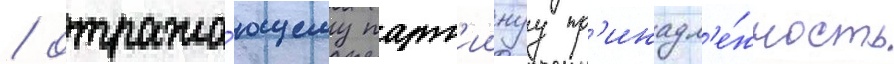
/ отража́ющему парт'иинуу пр'инадл'е́жность